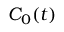
C _ { 0 } ( t )